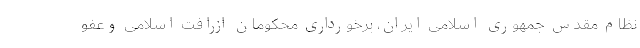
نظام مقدس جمهوری اسلامی ایران، برخورداری محکومان ازرافت اسلامی وعفو